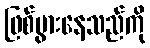
ဖြစ်ပွားနေသည်ကို